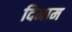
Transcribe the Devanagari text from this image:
दिमाम